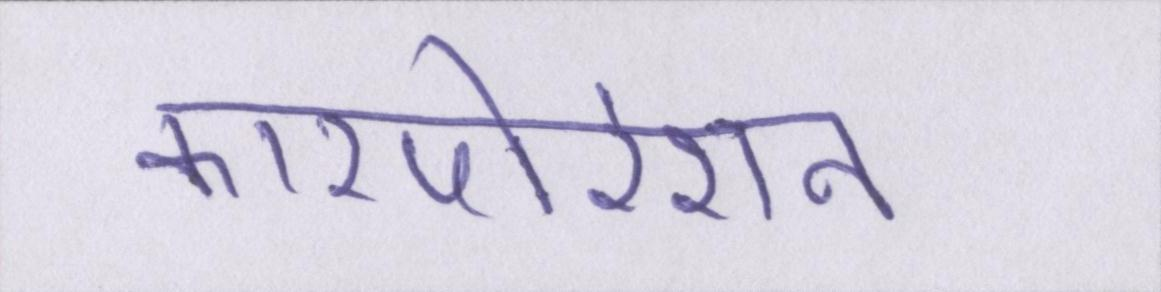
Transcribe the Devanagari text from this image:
कारपोरेशन